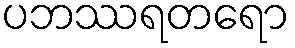
ပဘဿရတရော